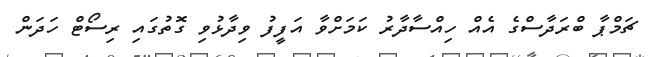
ޗަމްޕާ ބްރަދާސްގެ އެއް ހިއްސާދާރު ކަމަށްވާ އަފީފު ވިދާޅުވި ގޮތުގައި ރިސޯޓް ހަދަން